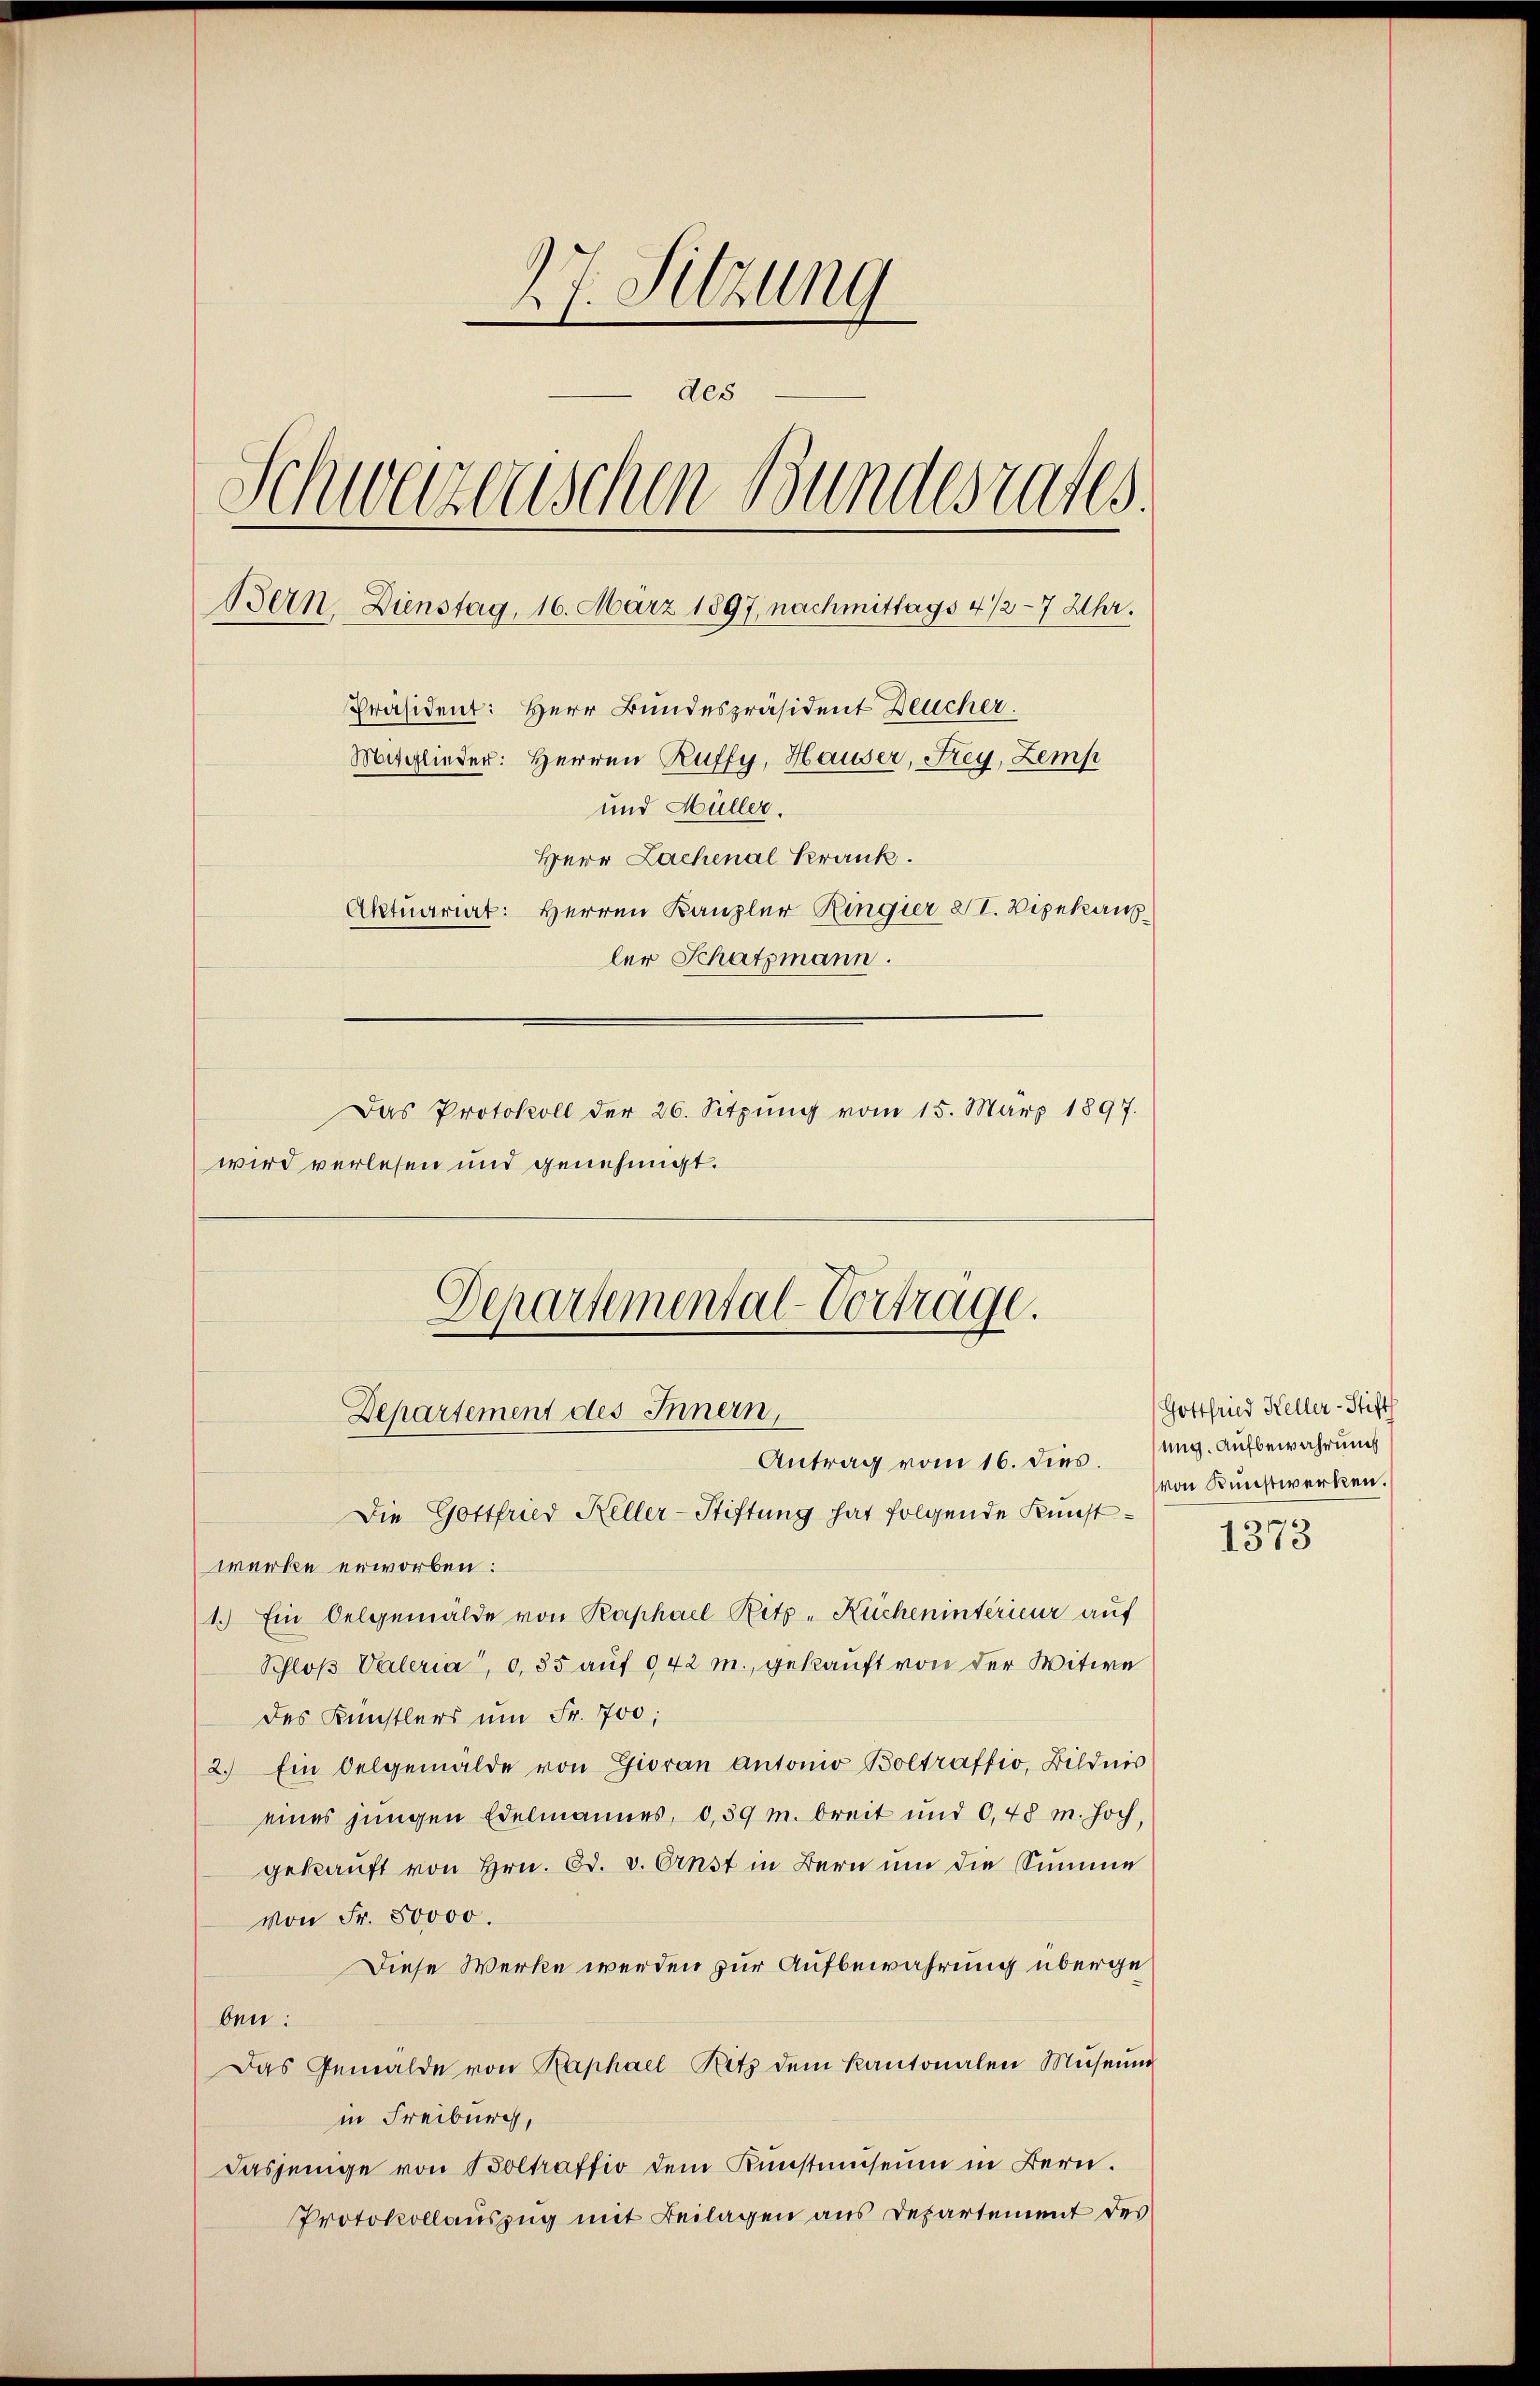
27. Sitzung
des
Schweizerischen Bundesrates.
Bern, Dienstag, 16. März 1897, nachmittags 4/2 - 7 Uhr.
Präsident: Herr Bundespräsident Deucher.
Mitglieder: Herren Ruffy, Hauser, Frey, Zemp
und Müller.
Herr Lachenal Krank.
Aktuariat: Herren Kanzler Ringier XI. Vizekan
ler Schatzmann.
Das Protokoll der 26. Sitzŭng vom 15. März 1897.
wird verlesen und genehmigt.

Departemental-Vortrage.
Departement des Innern,
Antrag vom 16. dies.

Die Gottfried Keller-Stiftung hat folgende Kunst-
werke erworben:
1.) Ein Oelgemälde von Raphael Ritz- Küchenintérieur aŭf
Schloß Vateria", 0,35 auf 942 m., gekauft von der Witwe
des Künstlers ŭm Fr. 700;
2.) Ein Oelgemälde von Gioran Antonio Boltraffio, Bildnis
eines jungen Edelmannes, 0,39 m. breit und 0,48 m. hoch,
gekauft von Hrn. Ed. v. Ernst in Bern um die Summe
von Fr. 50000.
Diese Werke werden zur Aufbewahrung übergeben:
Das Gemälde von Raphael Ritz dem Kantonalen Mŭseŭm
in Freiburg,
dasjenige von Boltraffio dem Kunstmuseum in Bern.
Protokollauszug mit Beilagen aus Departement des

Gottfried Heller-Stift
ung. Aufbewahrung
von Kunstwerken.
1373